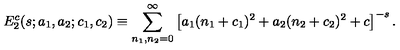
E _ { 2 } ^ { c } ( s ; a _ { 1 } , a _ { 2 } ; c _ { 1 } , c _ { 2 } ) \equiv \sum _ { n _ { 1 } , n _ { 2 } = 0 } ^ { \infty } \left[ a _ { 1 } ( n _ { 1 } + c _ { 1 } ) ^ { 2 } + a _ { 2 } ( n _ { 2 } + c _ { 2 } ) ^ { 2 } + c \right] ^ { - s } .